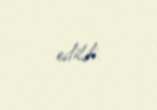
edildi.